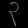
Digit: ၃